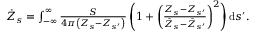
\begin{array} { r } { \dot { Z } _ { s } = \int _ { - \infty } ^ { \infty } \frac { S } { 4 \pi \left( Z _ { s } - Z _ { s ^ { \prime } } \right) } \left( 1 + \left( \frac { Z _ { s } - Z _ { s ^ { \prime } } } { \bar { Z } _ { s } - \bar { Z } _ { s ^ { \prime } } } \right) ^ { 2 } \right) \mathrm { d } s ^ { \prime } . } \end{array}